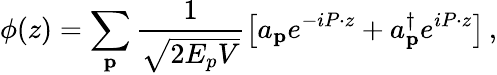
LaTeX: \phi(z)=\sum_{\mathbf p}\frac{1}{\sqrt{2E_{p}V}}\left[a_{\mathbf p}e^{-iP\cdot z}+a_{\mathbf p}^{\dagger}e^{iP\cdot z}\right]\, ,